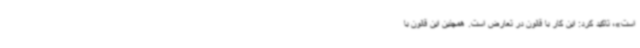
است»، تاکید کرد: این کار با قانون در تعارض است. همچنین این قانون با